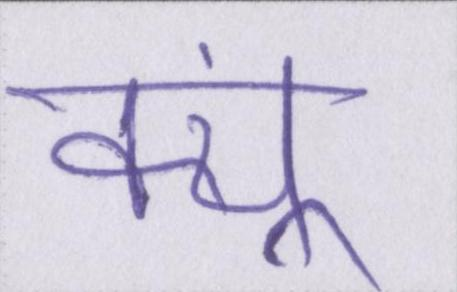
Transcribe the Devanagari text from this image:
क्यूं